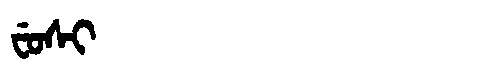
Manchu: ᠸᡠᠰᡳ
Romanization: FUSI